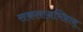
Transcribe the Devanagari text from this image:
सकलानभिष्टान्